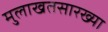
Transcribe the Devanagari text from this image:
मुलाखतसारख्या